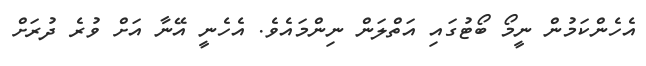
އެހެންކަމުން ނީމޯ ބޯޓުގައި އަތްލަން ނިންމައެވެ. އެހެނީ އޭނާ އަށް ވުރެ ދުރަށް